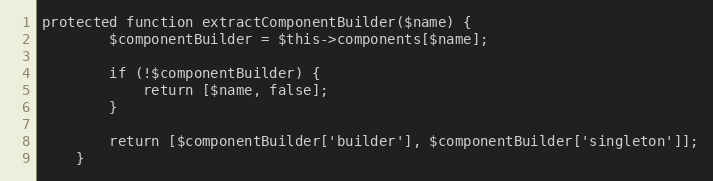
Language: PHP
protected function extractComponentBuilder($name) {
		$componentBuilder = $this->components[$name];

		if (!$componentBuilder) {
			return [$name, false];
		}

		return [$componentBuilder['builder'], $componentBuilder['singleton']];
	}